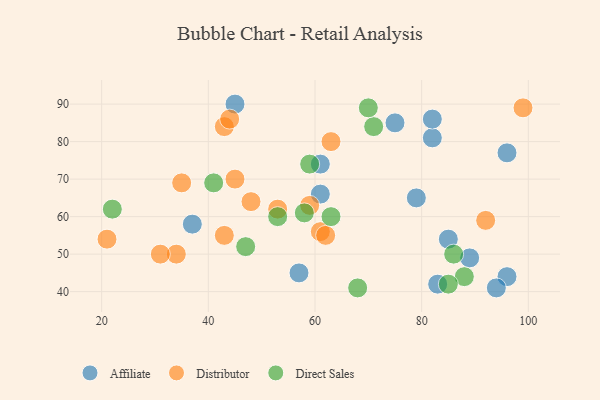
{"axis": {"x": "GDP", "y": "Life Expectancy"}, "legend": ["Affiliate", "Direct Sales", "Distributor"], "data": [{"x": "96", "y": 44, "type": "Affiliate"}, {"x": "96", "y": 77, "type": "Affiliate"}, {"x": "83", "y": 42, "type": "Affiliate"}, {"x": "37", "y": 58, "type": "Affiliate"}, {"x": "61", "y": 74, "type": "Affiliate"}, {"x": "79", "y": 65, "type": "Affiliate"}, {"x": "57", "y": 45, "type": "Affiliate"}, {"x": "75", "y": 85, "type": "Affiliate"}, {"x": "82", "y": 81, "type": "Affiliate"}, {"x": "82", "y": 86, "type": "Affiliate"}, {"x": "89", "y": 49, "type": "Affiliate"}, {"x": "94", "y": 41, "type": "Affiliate"}, {"x": "61", "y": 66, "type": "Affiliate"}, {"x": "85", "y": 54, "type": "Affiliate"}, {"x": "45", "y": 90, "type": "Affiliate"}, {"x": "59", "y": 63, "type": "Distributor"}, {"x": "61", "y": 56, "type": "Distributor"}, {"x": "34", "y": 50, "type": "Distributor"}, {"x": "45", "y": 70, "type": "Distributor"}, {"x": "43", "y": 84, "type": "Distributor"}, {"x": "44", "y": 86, "type": "Distributor"}, {"x": "21", "y": 54, "type": "Distributor"}, {"x": "92", "y": 59, "type": "Distributor"}, {"x": "53", "y": 62, "type": "Distributor"}, {"x": "99", "y": 89, "type": "Distributor"}, {"x": "63", "y": 80, "type": "Distributor"}, {"x": "31", "y": 50, "type": "Distributor"}, {"x": "48", "y": 64, "type": "Distributor"}, {"x": "43", "y": 55, "type": "Distributor"}, {"x": "62", "y": 55, "type": "Distributor"}, {"x": "35", "y": 69, "type": "Distributor"}, {"x": "41", "y": 69, "type": "Direct Sales"}, {"x": "88", "y": 44, "type": "Direct Sales"}, {"x": "22", "y": 62, "type": "Direct Sales"}, {"x": "63", "y": 60, "type": "Direct Sales"}, {"x": "85", "y": 42, "type": "Direct Sales"}, {"x": "71", "y": 84, "type": "Direct Sales"}, {"x": "53", "y": 60, "type": "Direct Sales"}, {"x": "86", "y": 50, "type": "Direct Sales"}, {"x": "58", "y": 61, "type": "Direct Sales"}, {"x": "47", "y": 52, "type": "Direct Sales"}, {"x": "59", "y": 74, "type": "Direct Sales"}, {"x": "70", "y": 89, "type": "Direct Sales"}, {"x": "68", "y": 41, "type": "Direct Sales"}]}